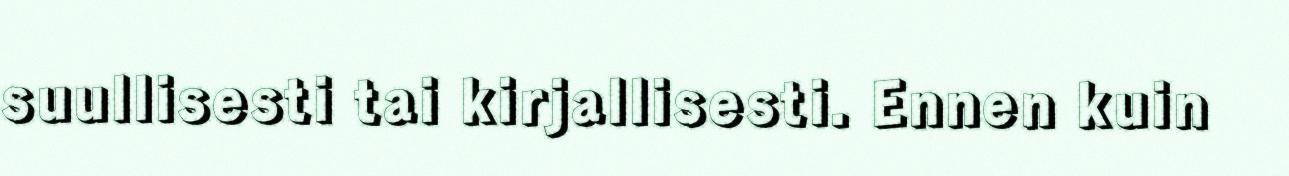
suullisesti tai kirjallisesti. Ennen kuin